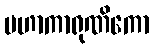
မဟာကာရုဏိကော